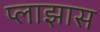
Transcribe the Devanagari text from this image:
प्लाझास